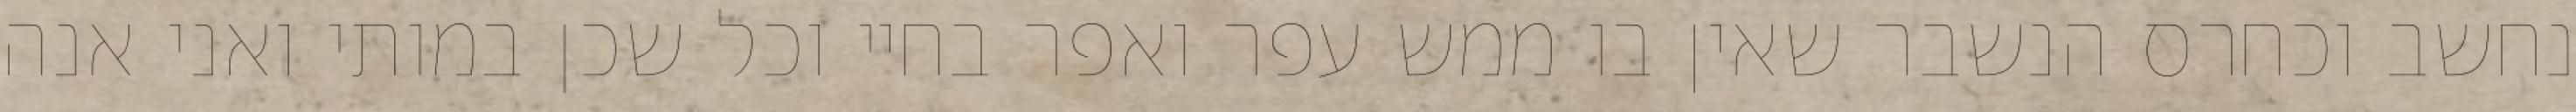
נחשב וכחרס הנשבר שאין בו ממש עפר ואפר בחיי וכל שכן במותי ואני אנה